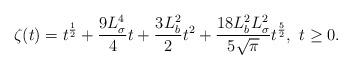
LaTeX: \begin{align*}\zeta(t) & =t^{\frac{1}{2}}+ \frac{9L_\sigma^4}{4}t + \frac{3L_b^2}{2}t^2 + \frac{18L_b^2L_\sigma^2}{5\sqrt{\pi}} t^{\frac52},\ t\geq 0. \end{align*}